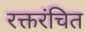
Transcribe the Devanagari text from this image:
रक्तरंचित